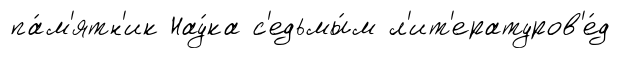
па́м'ятн'ик Нау́ка с'едьмы́м л'ит'ературов'е́д